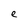
Character: e